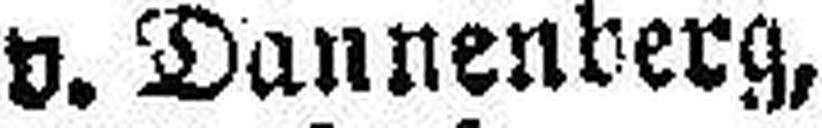
v. Dannenberg,